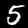
Digit: 5